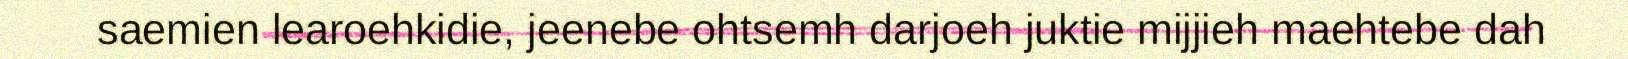
saemien learoehkidie, jeenebe ohtsemh darjoeh juktie mijjieh maehtebe dah